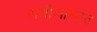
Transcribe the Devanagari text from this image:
प्राणीशास्त्रात